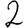
Digit: 2